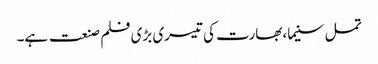
تمل سنیما، بھارت کی تیسری بڑی فلم صنعت ہے۔